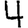
Digit: 4